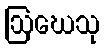
ဩဃေသု